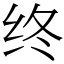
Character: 终